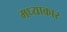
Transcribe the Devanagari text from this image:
मध्याकार